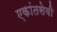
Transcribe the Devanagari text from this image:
एकांतसेवी